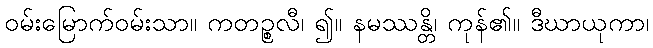
ဝမ်းမြောက်ဝမ်းသာ။ ကတဉ္စလီ၊ ၍။ နမဿန္တိ၊ ကုန်၏။ ဒီဃာယုကာ၊